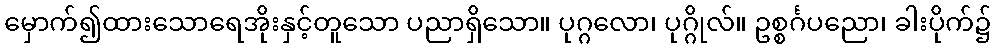
မှောက်၍ထားသောရေအိုးနှင့်တူသော ပညာရှိသော။ ပုဂ္ဂလော၊ ပုဂ္ဂိုလ်။ ဥစ္စင်္ဂပညော၊ ခါးပိုက်၌